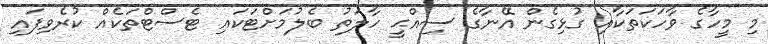
މި މީހާގެ ވާހަކަތަކާއި ގުޅިގެން އޭނާގެ ސިއްޙީ ހާލަތު ބެލުމަށްޓަކައި ޓެސްޓްތަކެއް ކުރެވިފައި